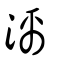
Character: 漓